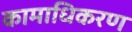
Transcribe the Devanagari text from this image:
कामाधिकरण